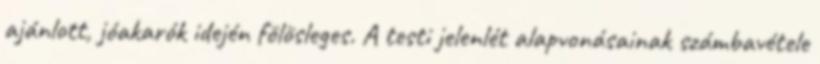
ajánlott, jóakarók idején fölösleges. A testi jelenlét alapvonásainak számbavétele